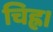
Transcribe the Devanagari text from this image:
चिह्न।